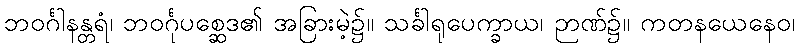
ဘဝင်္ဂါနန္တရံ၊ ဘဝင်္ဂုပစ္ဆေဒ၏ အခြားမဲ့၌။ သင်္ခါရုပေက္ခာယ၊ ဉာဏ်၌။ ကတနယေနေဝ၊